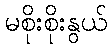
မစိုးစိုးနွယ်